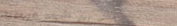
محل بيع الأدوات الزراعية،